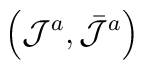
\left(\mathcal{J}^{a},\bar{\mathcal{J}}^{a}\right)\,